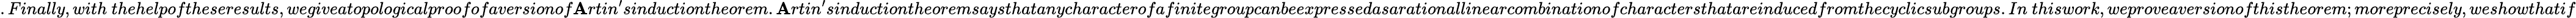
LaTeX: .Finally,with~thehelpoftheseresults,wegiveatopologicalproofofaversionof\mathbf{A}rtin^{\prime}sinductiontheorem.\mathbf{A}rtin^{\prime}sinductiontheoremsaysthatanycharacterofafinitegroupcanbeexpressedasarationallinearcombinationofcharactersthatareinducedfromthecyclicsubgroups.In~thiswork,weproveaversionofthistheorem;moreprecisely,weshowthatif